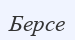
Берсе